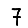
Digit: 7